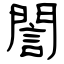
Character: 誾